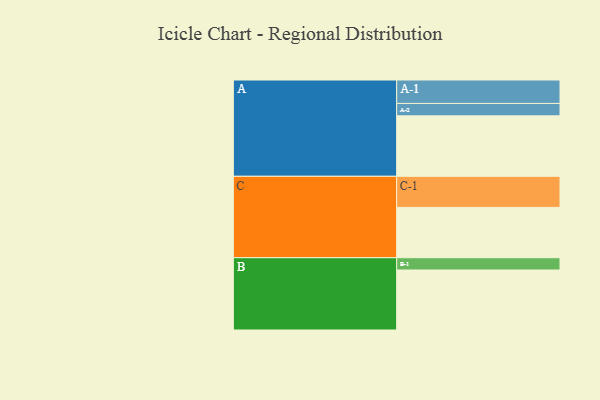
{"axis": {"x": "Segment", "y": "Value"}, "legend": ["", "A", "B", "C"], "data": [{"x": "A", "y": 531, "type": ""}, {"x": "B", "y": 527, "type": ""}, {"x": "C", "y": 442, "type": ""}, {"x": "A-1", "y": 206, "type": "A"}, {"x": "A-2", "y": 109, "type": "A"}, {"x": "B-1", "y": 108, "type": "B"}, {"x": "C-1", "y": 273, "type": "C"}]}